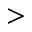
>